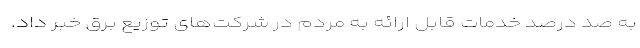
به صد درصد خدمات قابل ارائه به مردم در شرکت‌های توزیع برق خبر داد.